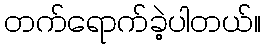
တက်ရောက်ခဲ့ပါတယ်။